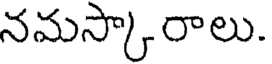
నమస్కారాలు.